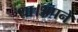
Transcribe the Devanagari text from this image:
था।अपने